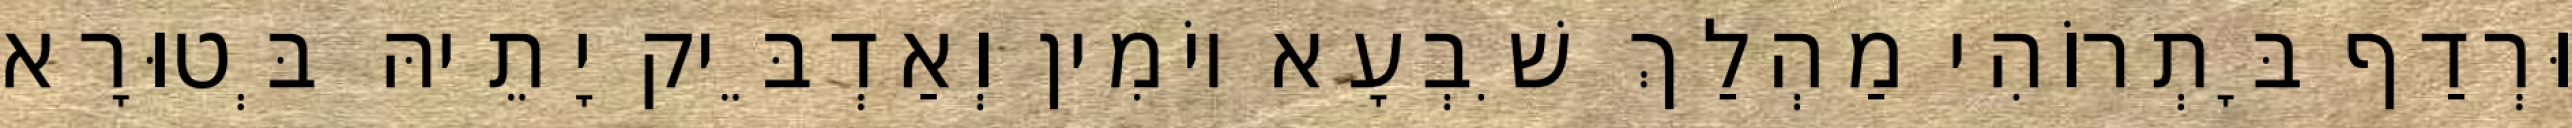
וּרְדַף בָּתְרוֹהִי מַהְלַךְ שִׁבְעָא יוֹמִין וְאַדְבֵּיק יָתֵיהּ בְּטוּרָא